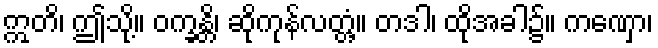
ဣတိ၊ ဤသို့။ ဝက္ခန္တိ၊ ဆိုကုန်လတ္တံ့။ တဒါ၊ ထိုအခါ၌။ ကဏှော၊